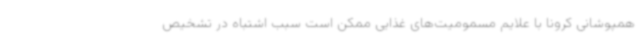
همپوشانی کرونا با علایم مسمومیت‌های غذایی ممکن است سبب اشتباه در تشخیص